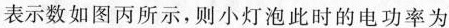
表示数如图丙所示，则小灯泡此时的电功率为